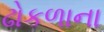
ઢોકળાના